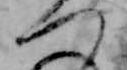
つ